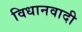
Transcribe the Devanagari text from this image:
विधानवादी